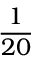
\frac { 1 } { 2 0 }